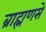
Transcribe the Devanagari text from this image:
ब्राह्मणसे